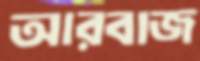
আরবাজ